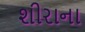
શીરાના